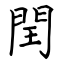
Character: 閏